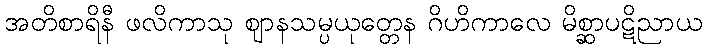
အတိစာရိနီ ဖလိကာသု ဈာနသမ္ပယုတ္တေန ဂိဟိကာလေ မိစ္ဆာပဋိညာယ